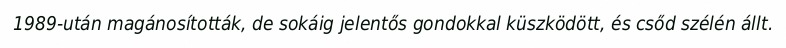
1989-után magánosították, de sokáig jelentős gondokkal küszködött, és csőd szélén állt.